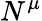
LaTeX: N^{\mu}